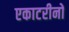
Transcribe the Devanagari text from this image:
एकाटरीनों